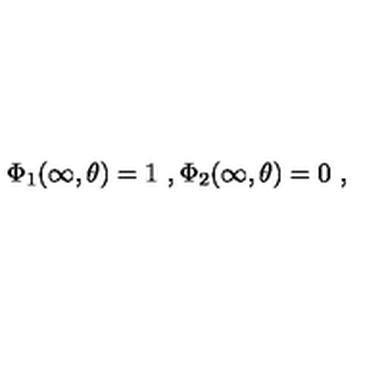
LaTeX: \Phi _ { 1 } ( \infty , \theta ) = 1 \ , \Phi _ { 2 } ( \infty , \theta ) = 0 \ ,